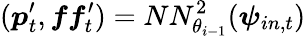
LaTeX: (\boldsymbol{p}_{t}^{\prime},\boldsymbol{ff}_{t}^{\prime})=NN_{\theta_{i-1}}^{2}(\boldsymbol{\psi}_{in,t})